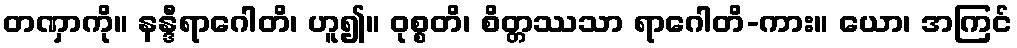
တဏှာကို။ နန္ဒီရာဂေါတိ၊ ဟူ၍။ ဝုစ္စတိ၊ စိတ္တဿသာ ရာဂေါတိ-ကား။ ယော၊ အကြင်